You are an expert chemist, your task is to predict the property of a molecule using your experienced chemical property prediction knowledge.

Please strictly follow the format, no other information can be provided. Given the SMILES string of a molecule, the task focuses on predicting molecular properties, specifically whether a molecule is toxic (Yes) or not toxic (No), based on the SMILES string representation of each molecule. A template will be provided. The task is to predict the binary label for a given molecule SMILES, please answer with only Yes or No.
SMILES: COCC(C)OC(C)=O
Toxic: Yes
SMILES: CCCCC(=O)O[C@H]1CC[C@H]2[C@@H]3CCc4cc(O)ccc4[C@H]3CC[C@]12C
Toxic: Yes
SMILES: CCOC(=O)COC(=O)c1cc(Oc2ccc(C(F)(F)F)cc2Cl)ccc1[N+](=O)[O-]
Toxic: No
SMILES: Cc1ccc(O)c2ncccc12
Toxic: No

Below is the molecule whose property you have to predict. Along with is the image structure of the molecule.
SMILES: O=[Cd]
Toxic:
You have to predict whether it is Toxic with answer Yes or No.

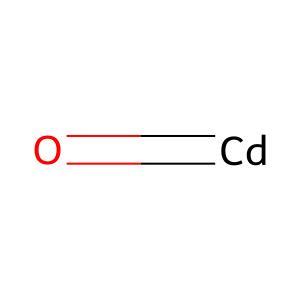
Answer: No